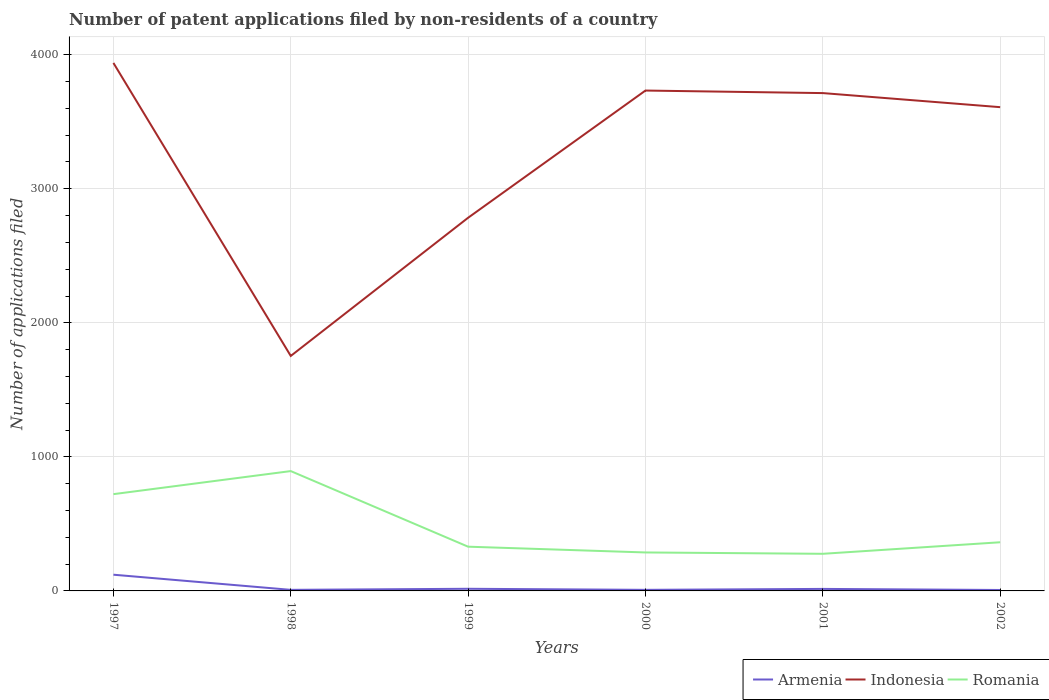
| Years | Armenia | Indonesia | Romania |
 | --- | --- | --- | --- |
 | 1997 | 121 | 3.94e+03 | 722 |
 | 1998 | 8 | 1.75e+03 | 894 |
 | 1999 | 16 | 2.78e+03 | 330 |
 | 2000 | 8 | 3.73e+03 | 287 |
 | 2001 | 15 | 3.71e+03 | 277 |
 | 2002 | 7 | 3.61e+03 | 363 |